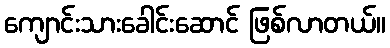
ကျောင်းသားခေါင်းဆောင် ဖြစ်လာတယ်။